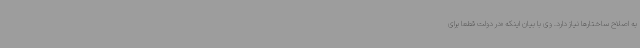
به اصلاح ساختارها نیاز دارد. وی با بیان اینکه «در دولت قطعاً برای